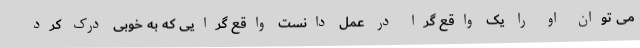
می توان او را یک واقع گرا در عمل دانست واقع گرایی که به خوبی درک کرد